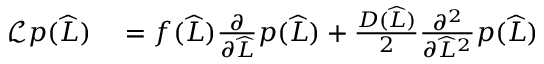
\begin{array} { r l } { \mathcal { L } p ( \widehat { L } ) } & { { } = f ( \widehat { L } ) \frac { \partial } { \partial \widehat { L } } p ( \widehat { L } ) + \frac { D ( \widehat { L } ) } { 2 } \frac { \partial ^ { 2 } } { \partial \widehat { L } ^ { 2 } } p ( \widehat { L } ) } \end{array}